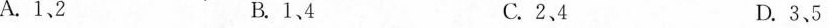
A. 1、2 B. 1、4 C. 2、4 D. 3、5